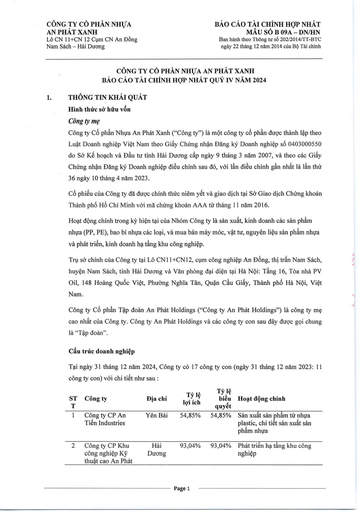
|STT|Công ty|Địa chỉ|Tỷ lệ lợi ích|Tỷ biểu quyết|Hoạt động chính| |---|---|---|---|---|---| |1|Công ty CP An Tiến Industries|Yên Bái|54,85%|54,85%|Sản xuất sản phẩm từ nhựa plastic, chi tiết sản xuất sản phẩm nhựa| |2|Công ty CP Khu công nghiệp Kỹ thuật cao An Phát|Hải Dương|93,04%|93,04%|Phát triển hạ tầng khu công nghiệp|